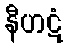
နီဟဋံ